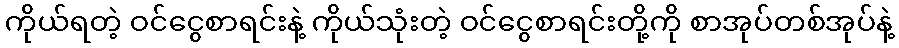
ကိုယ်ရတဲ့ ဝင်ငွေစာရင်းနဲ့ ကိုယ်သုံးတဲ့ ဝင်ငွေစာရင်းတို့ကို စာအုပ်တစ်အုပ်နဲ့